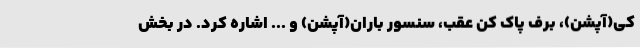
کی(آپشن)، برف پاک کن عقب، سنسور باران(آپشن) و ... اشاره کرد. در بخش